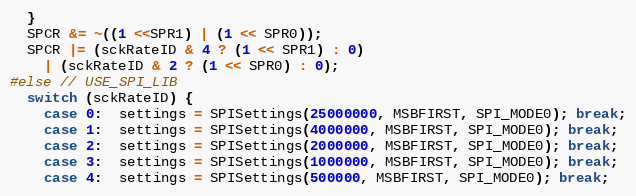
Language: C++
  }
  SPCR &= ~((1 <<SPR1) | (1 << SPR0));
  SPCR |= (sckRateID & 4 ? (1 << SPR1) : 0)
    | (sckRateID & 2 ? (1 << SPR0) : 0);
#else // USE_SPI_LIB
  switch (sckRateID) {
    case 0:  settings = SPISettings(25000000, MSBFIRST, SPI_MODE0); break;
    case 1:  settings = SPISettings(4000000, MSBFIRST, SPI_MODE0); break;
    case 2:  settings = SPISettings(2000000, MSBFIRST, SPI_MODE0); break;
    case 3:  settings = SPISettings(1000000, MSBFIRST, SPI_MODE0); break;
    case 4:  settings = SPISettings(500000, MSBFIRST, SPI_MODE0); break;